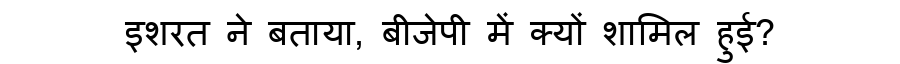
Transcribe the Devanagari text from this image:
इशरत ने बताया, बीजेपी में क्यों शामिल हुई?